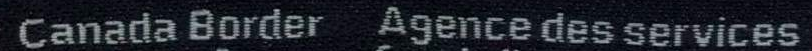
Canada Border Agence des services